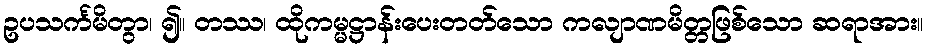
ဥပသင်္ကမိတွာ၊ ၍။ တဿ၊ ထိုကမ္မဋ္ဌာန်းပေးတတ်သော ကလျာဏမိတ္တဖြစ်သော ဆရာအား။